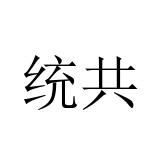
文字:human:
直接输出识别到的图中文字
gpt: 统共